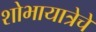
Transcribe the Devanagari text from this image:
शोभायात्रेचे